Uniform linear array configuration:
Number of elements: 24
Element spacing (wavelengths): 0.25
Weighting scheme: cosine
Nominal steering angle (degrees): -45
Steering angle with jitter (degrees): -45.325
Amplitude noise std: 0.05
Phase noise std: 0.05

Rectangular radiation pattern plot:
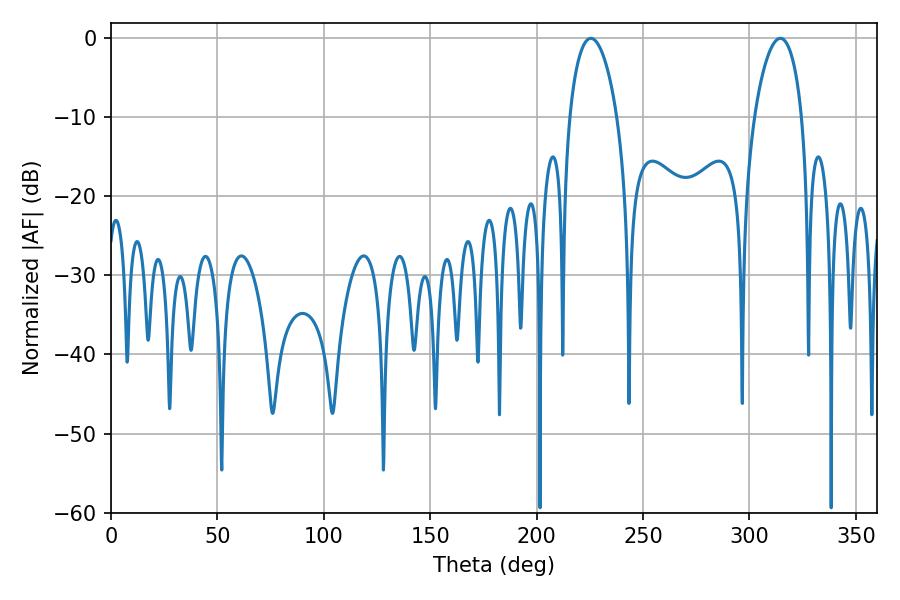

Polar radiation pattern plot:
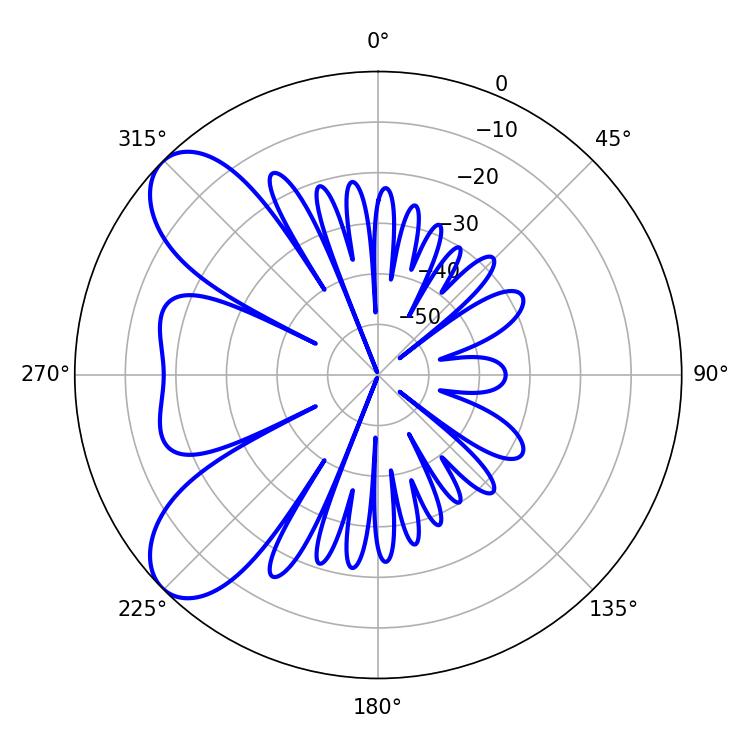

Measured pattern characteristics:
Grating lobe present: FALSE
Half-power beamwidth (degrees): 12.6
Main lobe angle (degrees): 225.54